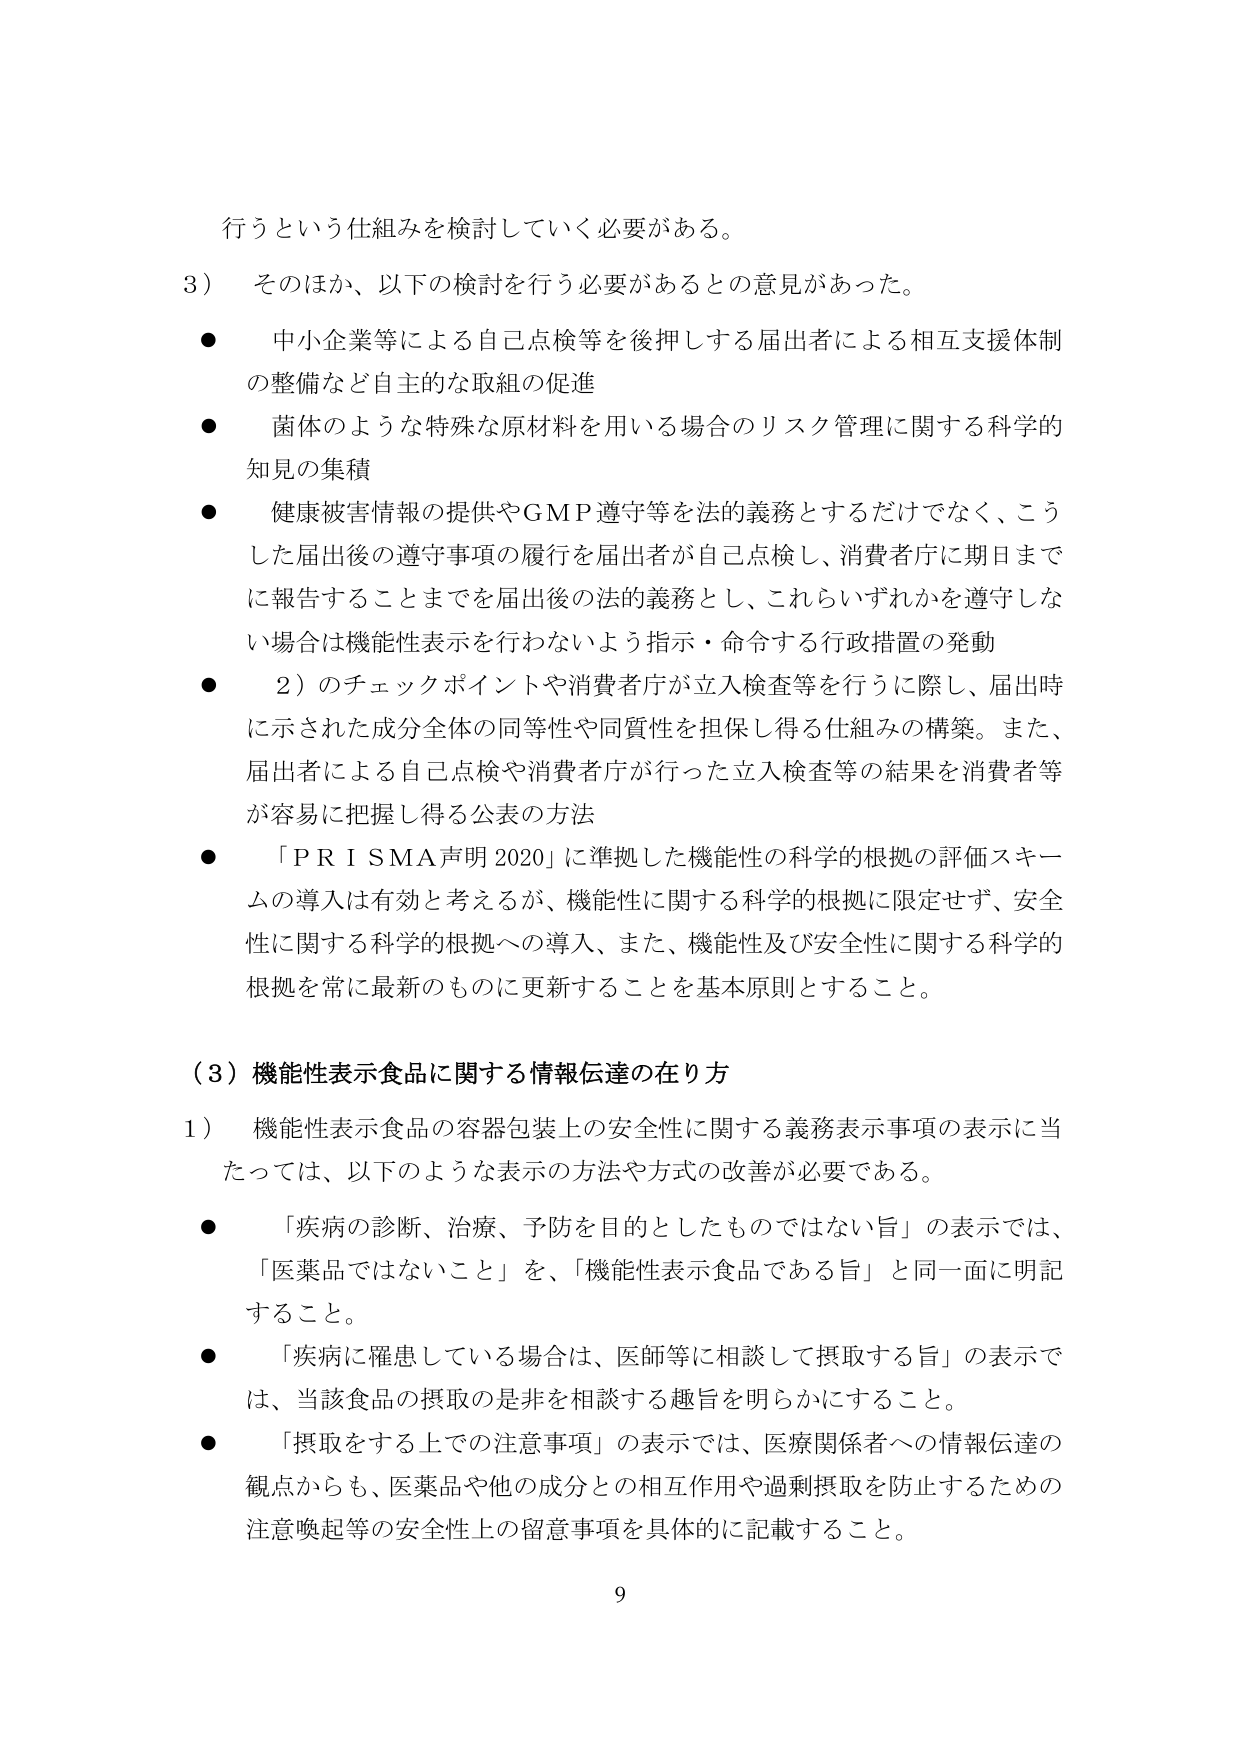
行うという仕組みを検討していく必要がある。

3） そのほか、以下の検討を行う必要があるとの意見があった。

● 中小企業等による自己点検等を後押しする届出者による相互支援体制の整備など自主的な取組の促進

● 菌体のような特殊な原材料を用いる場合のリスク管理に関する科学的知見の集積

● 健康被害情報の提供やGMP遵守等を法的義務とするだけでなく、こうした届出後の遵守事項の履行を届出者が自己点検し、消費者庁に期日までに報告することまでを届出後の法的義務とし、これらいずれかを遵守しない場合は機能性表示を行わないよう指示・命令する行政措置の発動

● 2）のチェックポイントや消費者庁が立入検査等を行うに際し、届出時に示された成分全体の同等性や同質性を担保し得る仕組みの構築。また、届出者による自己点検や消費者庁が行った立入検査等の結果を消費者等が容易に把握し得る公表の方法

● 「PRISMA声明2020」に準拠した機能性の科学的根拠の評価スキームの導入は有効と考えるが、機能性に関する科学的根拠に限定せず、安全性に関する科学的根拠への導入、また、機能性及び安全性に関する科学的根拠を常に最新のものに更新することを基本原則とすること。

（3）機能性表示食品に関する情報伝達の在り方

1） 機能性表示食品の容器包装上の安全性に関する義務表示事項の表示に当たっては、以下のような表示の方法や方式の改善が必要である。

● 「疾病の診断、治療、予防を目的としたものではない旨」の表示では、「医薬品ではないこと」を、「機能性表示食品である旨」と同一面に明記すること。

● 「疾病に罹患している場合は、医師等に相談して摂取する旨」の表示では、当該食品の摂取の是非を相談する趣旨を明らかにすること。

● 「摂取をする上での注意事項」の表示では、医療関係者への情報伝達の観点からも、医薬品や他の成分との相互作用や過剰摂取を防止するための注意喚起等の安全性上の留意事項を具体的に記載すること。

9